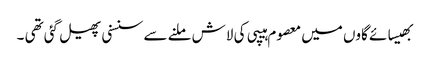
بھیسائے گاوں میں معصوم ہیپی کی لاش ملنے سے سنسنی پھیل گئی تھی ۔